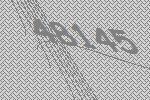
48145